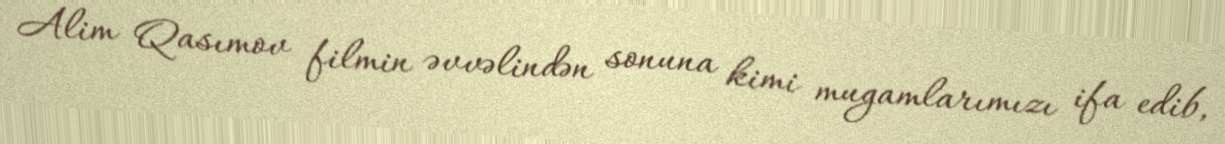
Alim Qasımov filmin əvvəlindən sonuna kimi mugamlarımızı ifa edib,